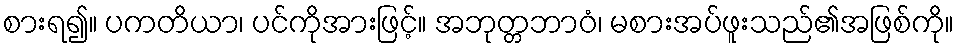
စားရ၍။ ပကတိယာ၊ ပင်ကိုအားဖြင့်။ အဘုတ္တဘာဝံ၊ မစားအပ်ဖူးသည်၏အဖြစ်ကို။